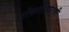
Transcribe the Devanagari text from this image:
लोकरीसारखी